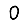
Digit: 0